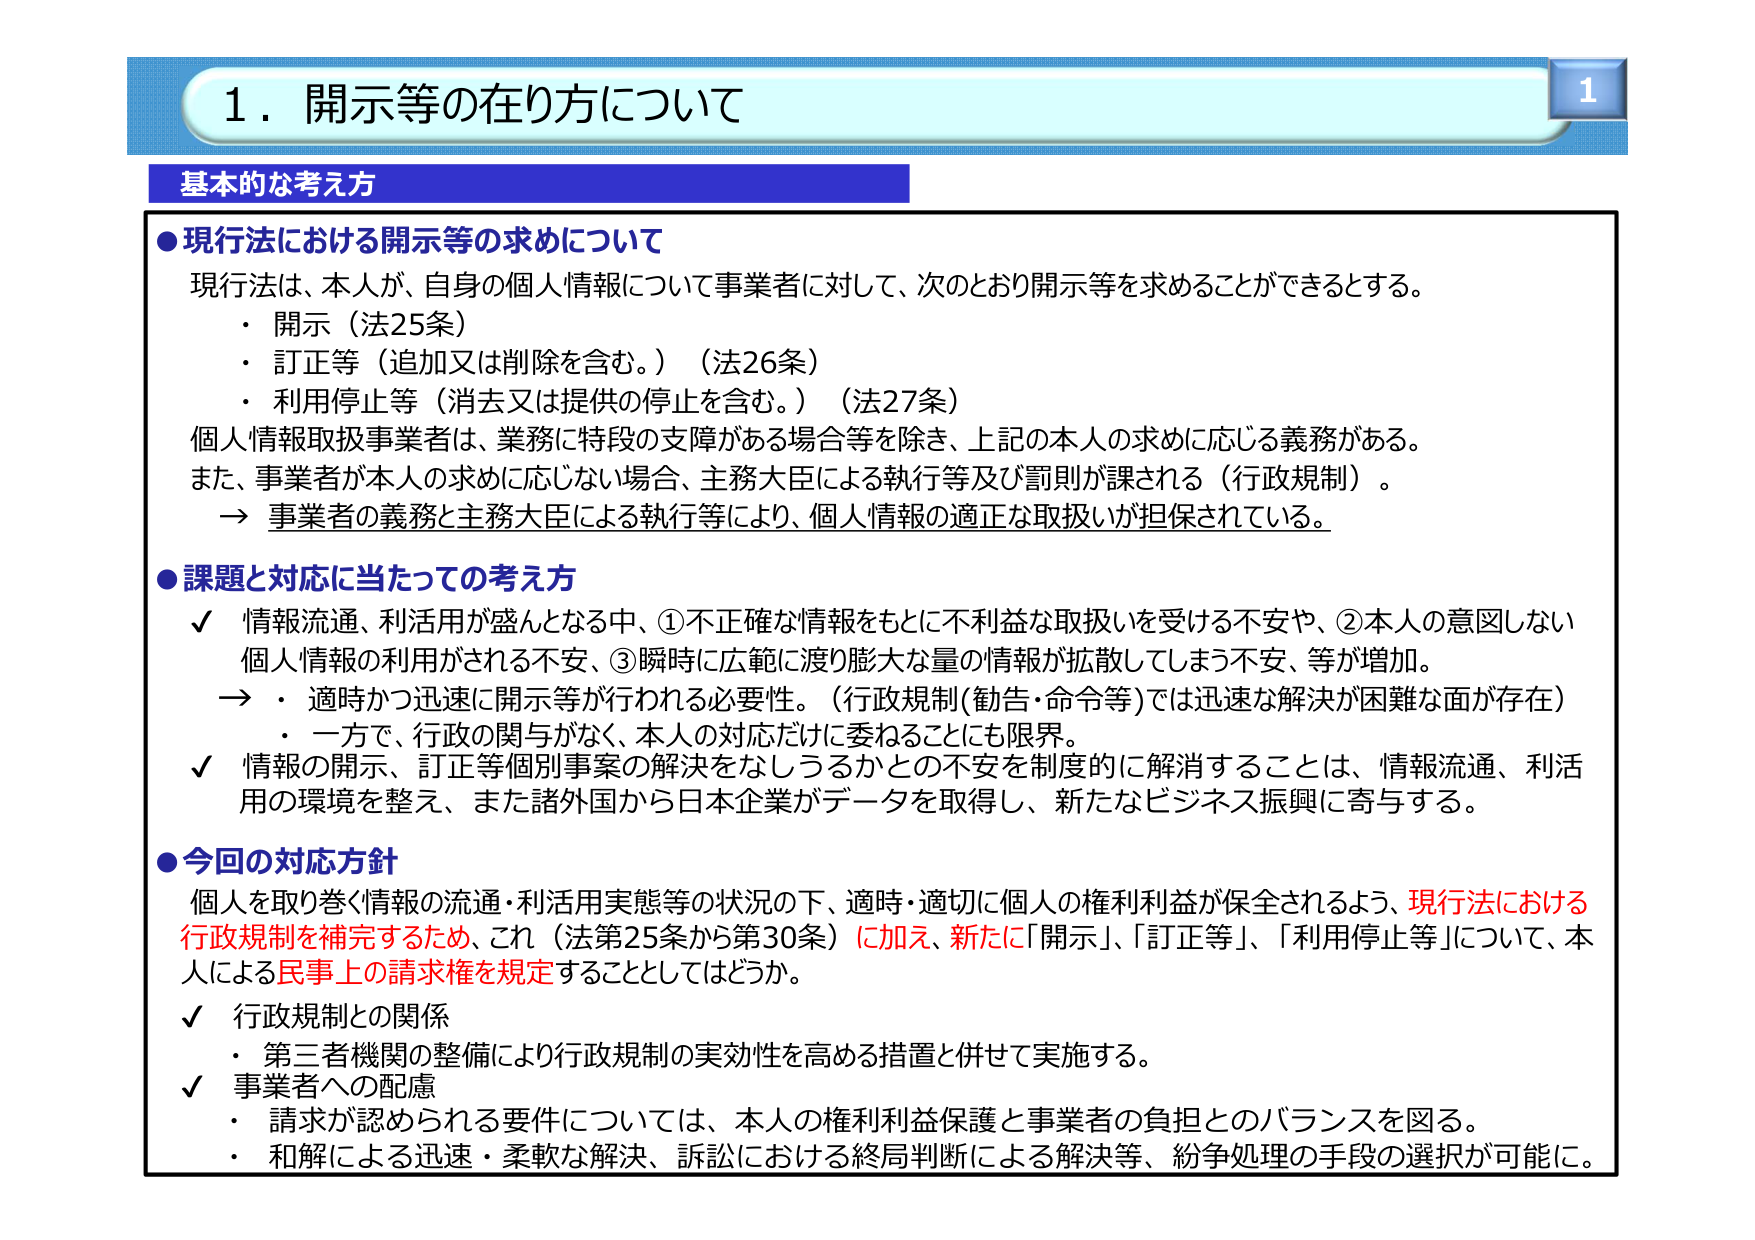
1．開示等の在り方について

基本的な考え方

●現行法における開示等の求めについて
現行法は、本人が、自身の個人情報について事業者に対して、次のとおり開示等を求めることができるとする。
・開示（法25条）
・訂正等（追加又は削除を含む。）（法26条）
・利用停止等（消去又は提供の停止を含む。）（法27条）
個人情報取扱事業者は、業務に特段の支障がある場合等を除き、上記の本人の求めに応じる義務がある。
また、事業者が本人の求めに応じない場合、主務大臣による執行等及び罰則が課される（行政規制）。
→事業者の義務と主務大臣による執行等により、個人情報の適正な取扱いが担保されている。

●課題と対応に当たっての考え方
✓ 情報流通、利活用が盛んとなる中、①不正確な情報をもとに不利益な取扱いを受ける不安や、②本人の意図しない個人情報の利用がされる不安、③瞬時に広範に渡り膨大な量の情報が拡散してしまう不安、等が増加。
→・適時かつ迅速に開示等が行われる必要性。（行政規制(勧告・命令等)では迅速な解決が困難な面が存在）
・一方で、行政の関与がなく、本人の対応だけに委ねることにも限界。
✓ 情報の開示、訂正等個別事案の解決をなしうるかとの不安を制度的に解消することは、情報流通、利活用の環境を整え、また諸外国から日本企業がデータを取得し、新たなビジネス振興に寄与する。

●今回の対応方針
個人を取り巻く情報の流通・利活用実態等の状況の下、適時・適切に個人の権利利益が保全されるよう、現行法における行政規制を補完するため、これ（法第25条から第30条）に加え、新たに「開示」、「訂正等」、「利用停止等」について、本人による民事上の請求権を規定することとしてはどうか。
✓ 行政規制との関係
・第三者機関の整備により行政規制の実効性を高める措置と併せて実施する。
✓ 事業者への配慮
・請求が認められる要件については、本人の権利利益保護と事業者の負担とのバランスを図る。
・和解による迅速・柔軟な解決、訴訟における終局判断による解決等、紛争処理の手段の選択が可能に。